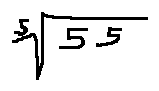
\sqrt [ 5 ] { 5 5 }